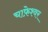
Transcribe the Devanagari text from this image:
चाफ़ेश्वर